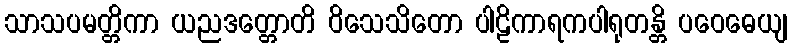
သာသပမတ္တိကာ ယညဒတ္တောတိ ဝိသေသိတော ပါဠိကာရကပါရုတန္တိ ပဝေဓေယျ